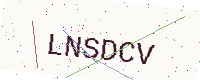
Text: LNSDCV